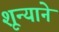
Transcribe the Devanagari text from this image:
शून्याने